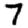
Digit: 7